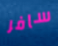
سافر